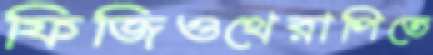
ফিজিওথেরাপিতে